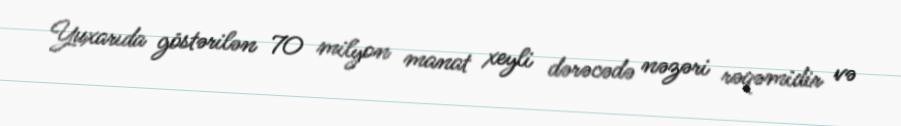
Yuxarıda göstərilən 70 milyon manat xeyli dərəcədə nəzəri rəqəmidir və